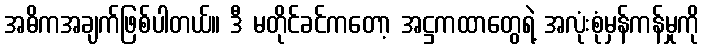
အဓိကအချက်ဖြစ်ပါတယ်။ ဒီ မတိုင်ခင်ကတော့ အဋ္ဌကထာတွေရဲ့ အလုံးစုံမှန်ကန်မှုကို